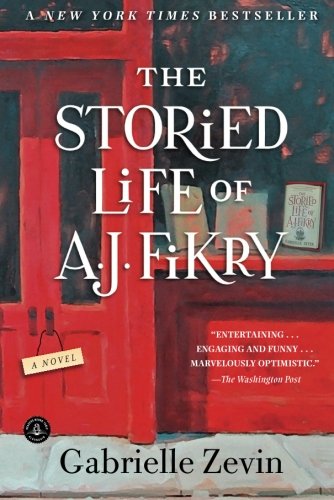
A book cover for The Storied Life of A. J. Fikry: A Novel; Gabrielle Zevin; Mystery, Thriller & Suspense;